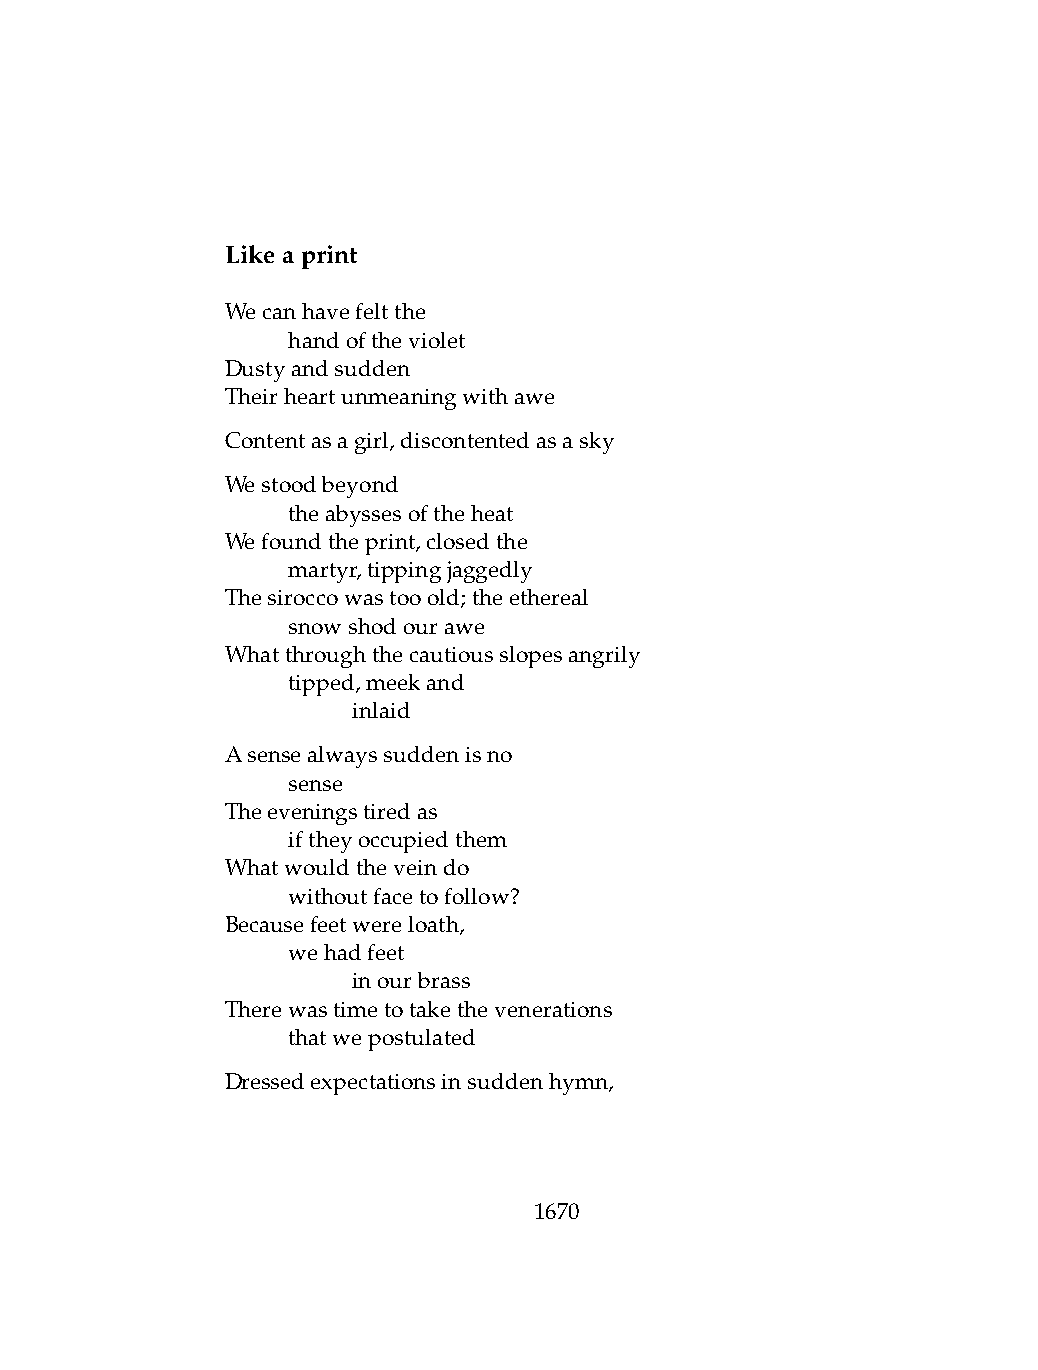
Likeaprint
 Wecanhavefeltthe
 .   handoftheviolet
 Dustyandsudden
 Theirheartunmeaningwithawe
 Contentasagirl,discontentedasasky
 Westoodbeyond
 .   theabyssesoftheheat
 Wefoundtheprint,closedthe
 .   martyr,tippingjaggedly
 Thesiroccowastooold;theethereal
 .   snowshodourawe
 Whatthroughthecautiousslopesangrily
 .   tipped,meekand
 .   .   inlaid
 Asensealwayssuddenisno
 .   sense
 Theeveningstiredas
 .   iftheyoccupiedthem
 Whatwouldtheveindo
 .   withoutfacetofollow?
 Becausefeetwereloath,
 .   wehadfeet
 .   .   inourbrass
 Therewastimetotakethevenerations
 .   thatwepostulated
 Dressedexpectationsinsuddenhymn,
 1670